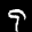
Label: 9